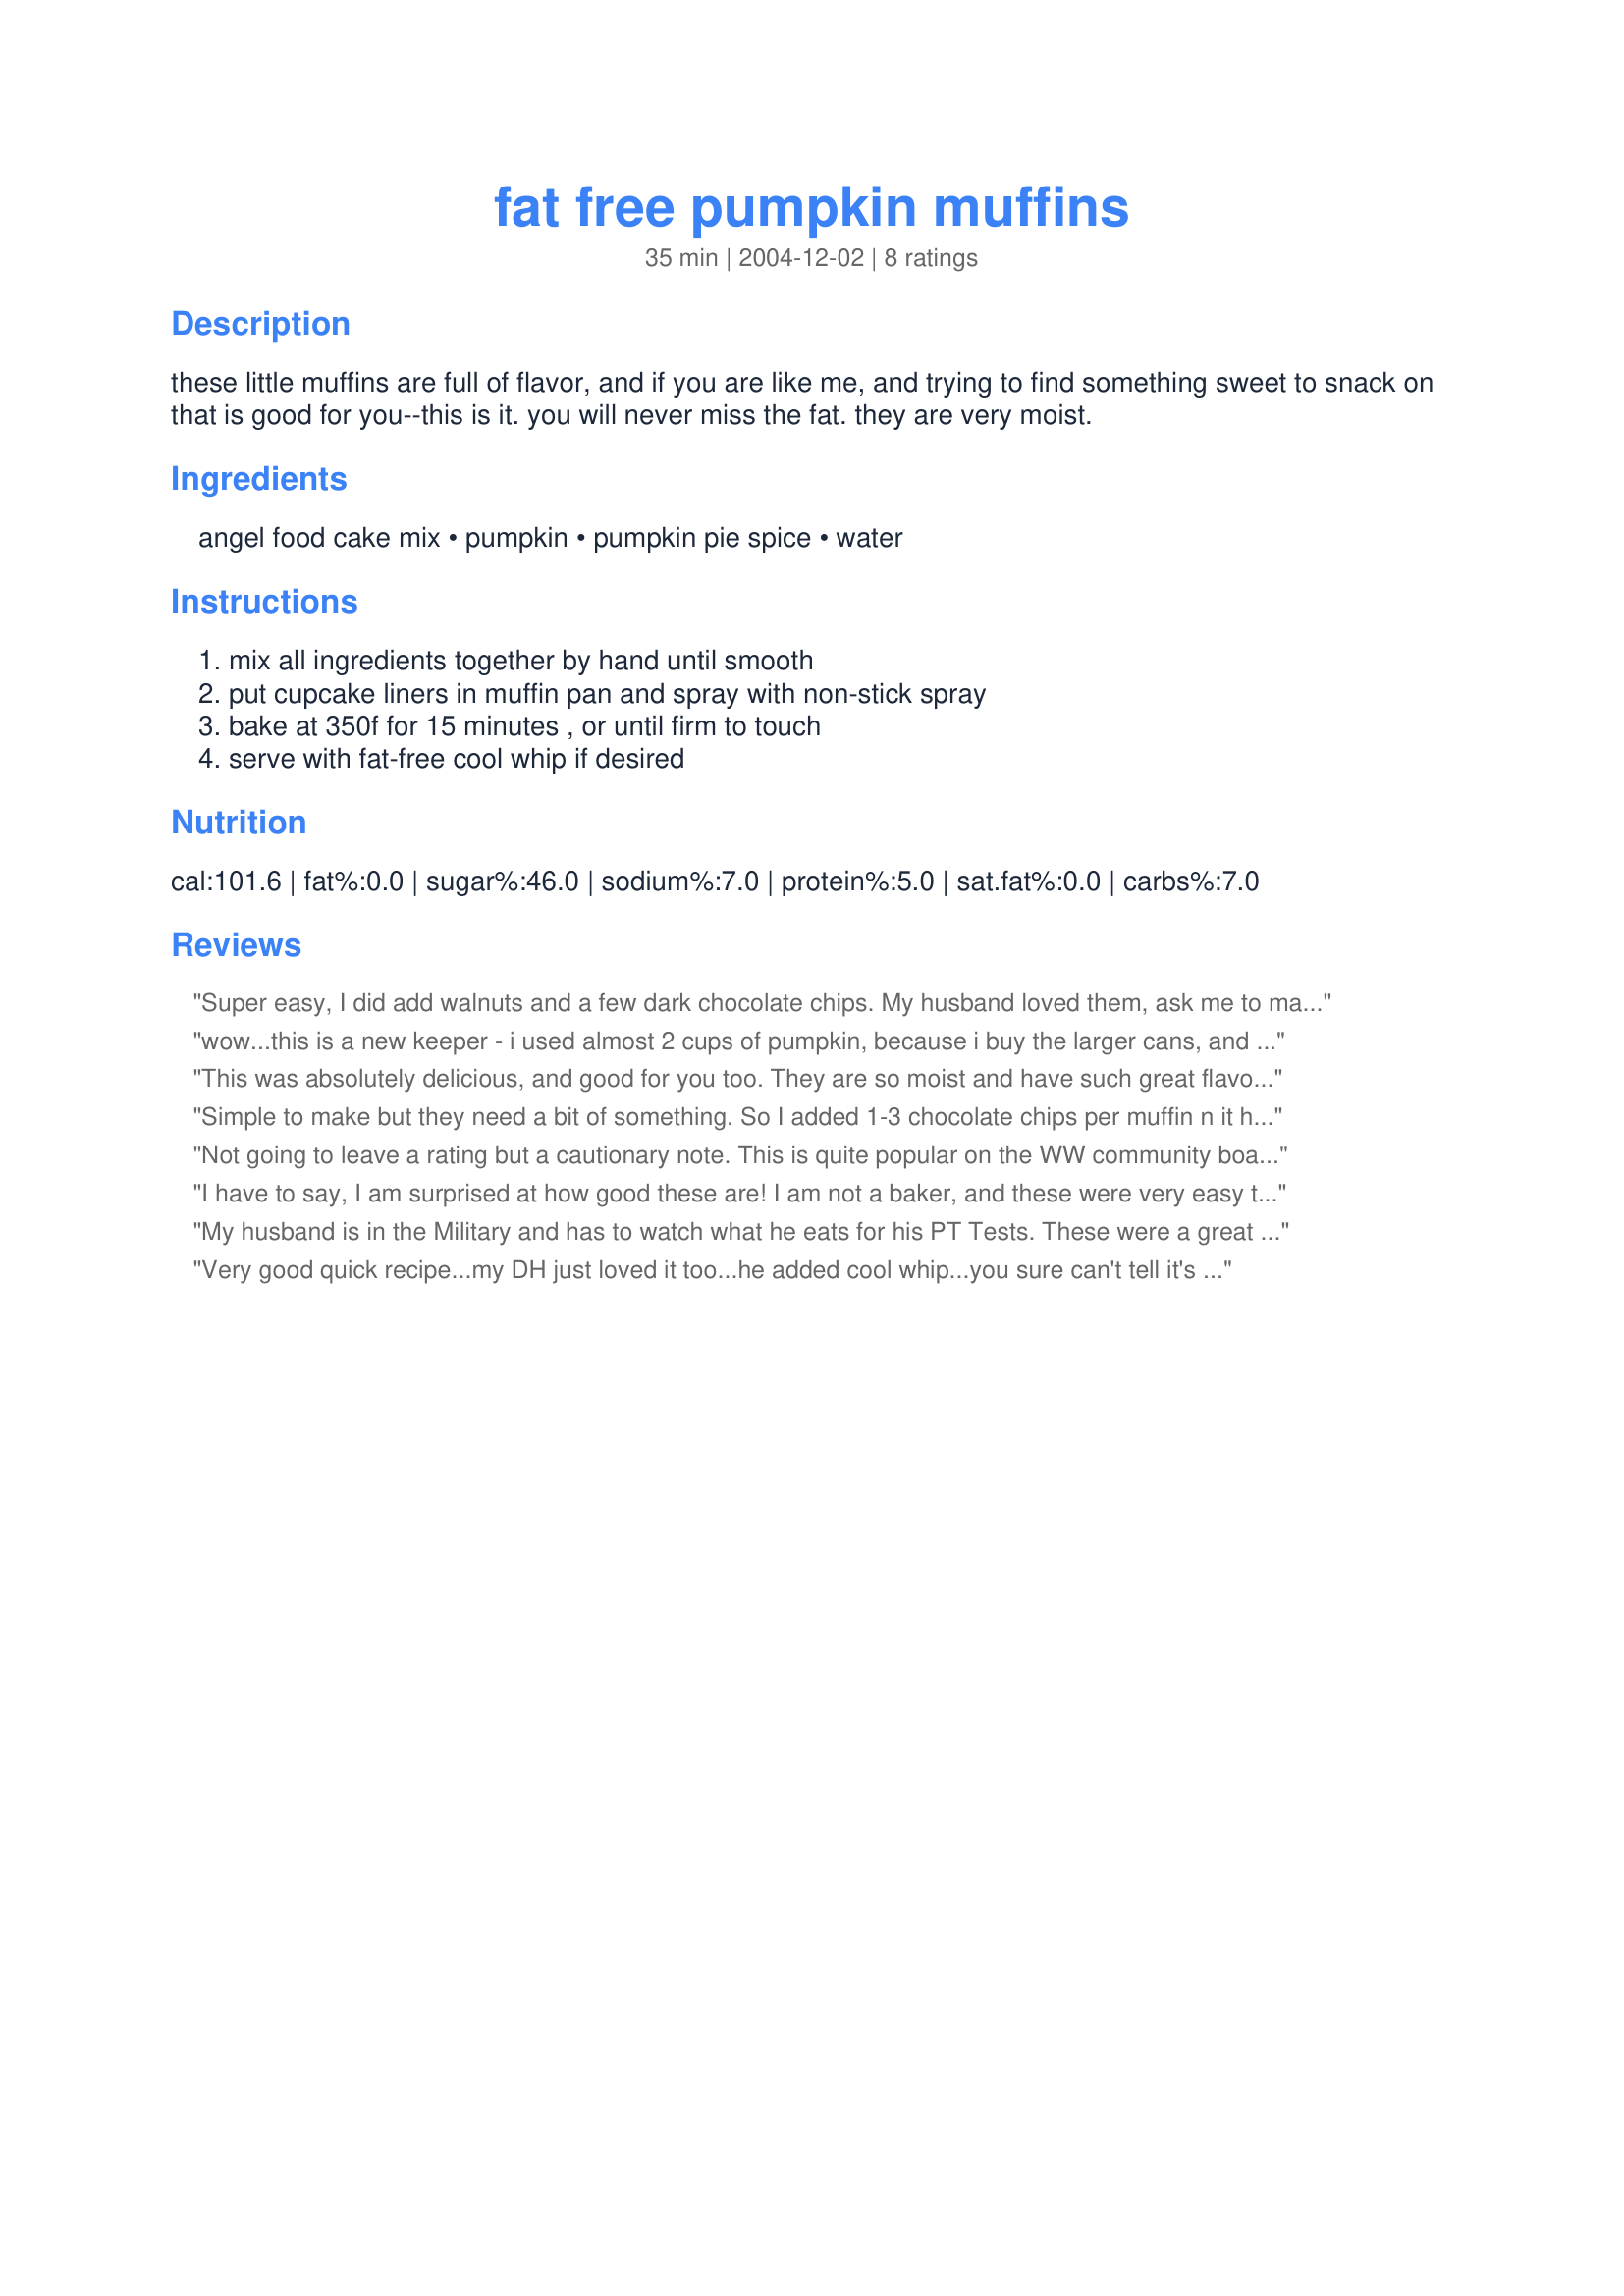
fat free pumpkin muffins
Preparation time: 35 minutes

these little muffins are full of flavor, and if you are like me, and trying to find something sweet to snack on that is good for you--this is it. you will never miss the fat. they are very moist.

Ingredients:
angel food cake mix, pumpkin, pumpkin pie spice, water

Steps:
mix all ingredients together by hand until smooth, put cupcake liners in muffin pan and spray with non-stick spray, bake at 350f for 15 minutes , or until firm to touch, serve with fat-free cool whip if desired

Reviews:
Super easy, I did add walnuts and a few dark chocolate chips. My husband loved them, ask me to make more so he can take them to work. Did have to bake for 20 mins instead of 15. But overall win win.
wow...this is a new keeper - i used almost 2 cups of pumpkin, because i buy the larger cans, and i used the individual spices, because i don't have the mix of pumpkin pie spice, baked it in ungreased silicone muffin trays, and all but 1 slid out just fine once they had cooled down :-)
This was absolutely delicious, and good for you too. They are so moist and have such great flavor. I was able to get 24 muffins out of the mix. You never know they are fat free- and only 1 WW point with Betty Crocker angel cake mix. Also a great snack for kids. Thanks for the wonderful recipe. I'm making another batch today!
Simple to make but they need a bit of something. So I added 1-3 chocolate chips per muffin n it helped- don&#039;t use paper baking cups the muffins will stick just spray the baking pan - will make them again.
Not going to leave a rating but a cautionary note. This is quite popular on the WW community boards and I was looking forward to trying it. I used a cake mix that was not a national brand like Duncan Hines and the results were little pumpkin pucks. They truly were inedible. Will try this again but want to warn others that the type of mix can make a difference.
I have to say, I am surprised at how good these are! I am not a baker, and these were very easy to make, and seem fool proof. I made 12 big, delicious muffins out of the mix. For some reason, I had to bake for over 20 mins, and they could have used just a bit more. Just sure the tops are no longer sticky.
My husband is in the Military and has to watch what he eats for his PT Tests. These were a great way for him to eat something sweet and not feel like he was being deprived. VERY delicious! I, too, had too cook these a little over 20 minutes. I mixed up a simple glaze out of skim milk, confectioners sugar and vanilla...voila, a "cupcake" my husband can eat...and ME, too! Thanks!
Very good quick recipe...my DH just loved it too...he added cool whip...you sure can't tell it's a FF food
